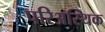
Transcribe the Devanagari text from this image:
परिअस्थिक